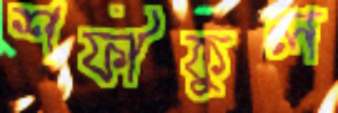
শফীকুল